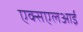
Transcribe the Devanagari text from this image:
एक्सएलआई